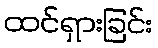
ထင်ရှားခြင်း